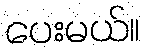
ပေးမယ်။